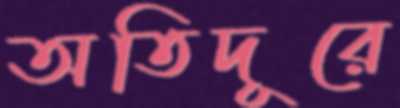
অতিদূরে